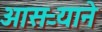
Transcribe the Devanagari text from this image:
आसऱ्याने